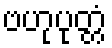
ဗဟုပုတ္တံ